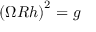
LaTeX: \left( \Omega { \cal R } h \right) ^ { 2 } = g